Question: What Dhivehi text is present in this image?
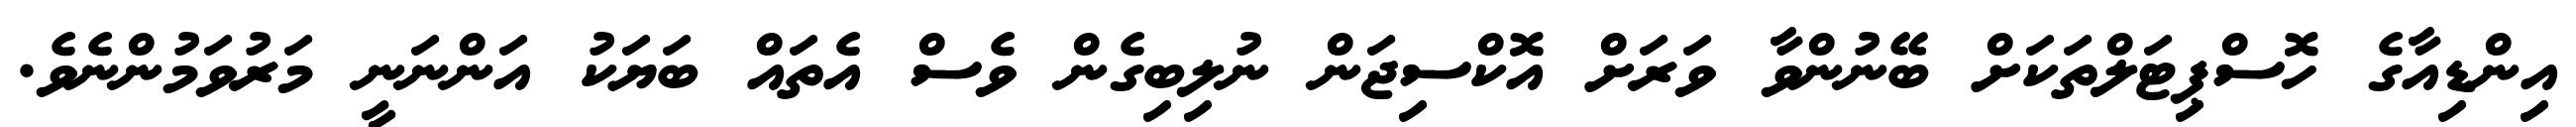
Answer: އިންޑިއާގެ ހޮސްޕިޓަލްތަކަށް ބޭނުންވާ ވަރަށް އޮކްސިޖަން ނުލިބިގެން ވެސް އެތައް ބަޔަކު އަންނަނީ މަރުވަމުންނެވެ.